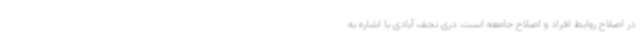
در اصلاح روابط افراد و اصلاح جامعه است. دری نجف آبادی با اشاره به